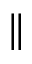
\|